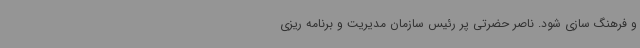
و فرهنگ سازی شود. ناصر حضرتی پر رئیس سازمان مدیریت و برنامه ریزی